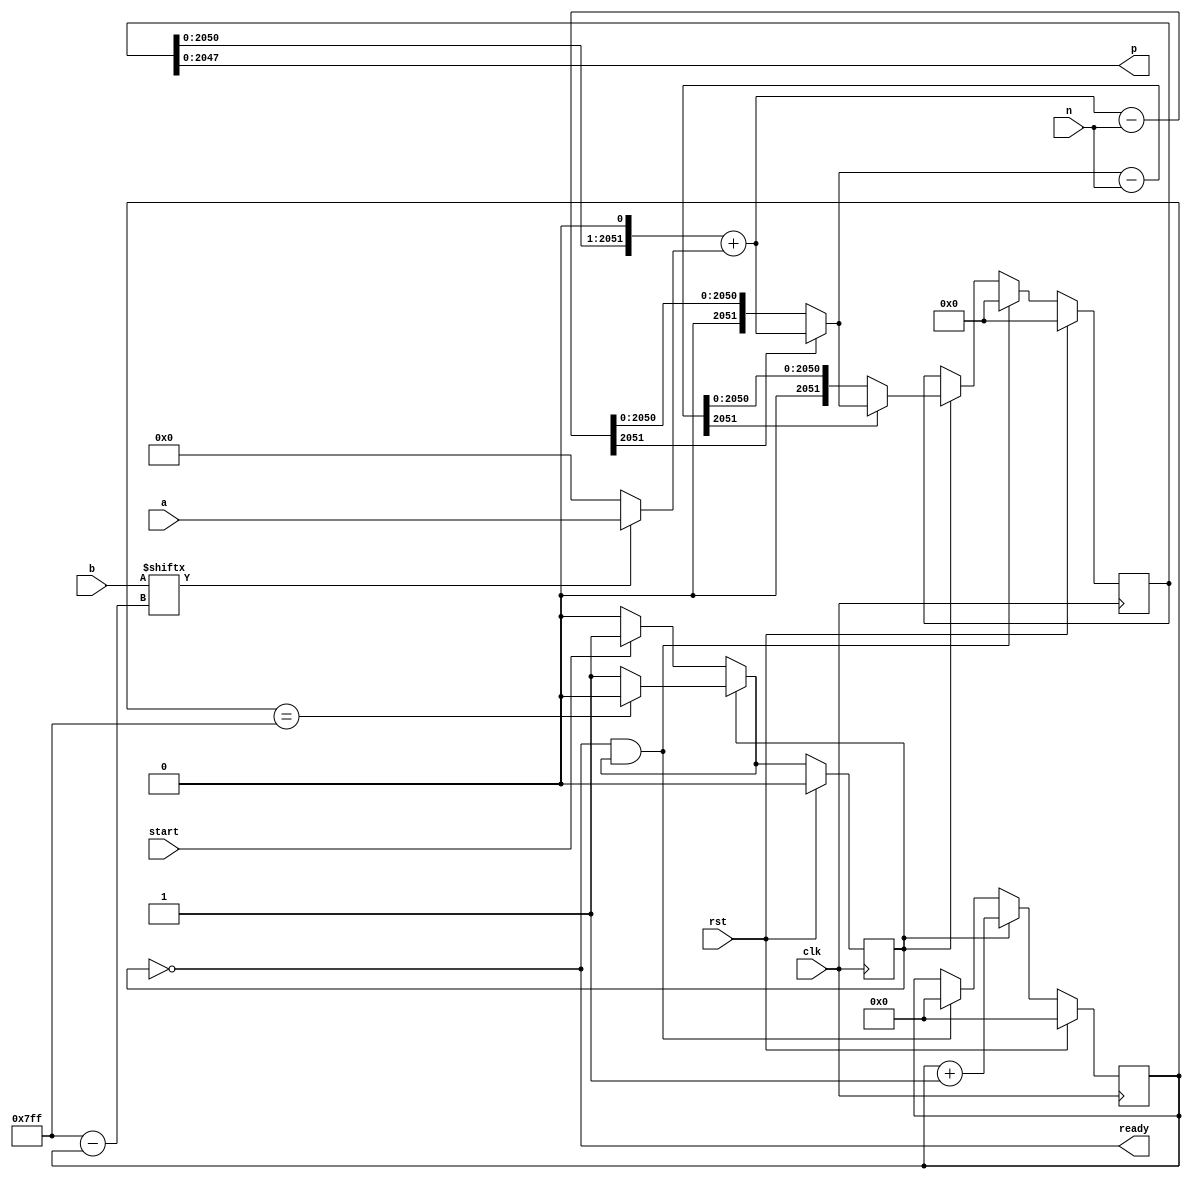
/*
 * Really simple modular multiplication.
 *
 * Written Pramod Subramanyan.
 * pramod.subramanyan@gmail.com.
 *
 * See RSA Hardware Implementation by Cetin Kaya Koc (Sec 7.1)
 */


module modmul(clk, rst, start, ready, a, b, n, p);
  parameter W=2048;

  // usual inputs.
  input clk, rst;

  // data inputs.
  input  [W-1:0] a;
  input  [W-1:0] b;
  input  [W-1:0] n;
  output [W-1:0] p;

  // control inputs/outputs.
  input start;
  output ready;

  parameter IDLE = 1'b0, BUSY = 1'b1;
  reg state;

  reg [15:0] i;
  wire [15:0] i_next;

  wire finished_p = (i == (W-1));
  wire state_next_idle = start ? BUSY : IDLE;
  wire state_next_busy = finished_p ? IDLE : BUSY;
  wire state_next = (state == IDLE) ? state_next_idle : state_next_busy;
  wire ready = (state == IDLE);

  reg [W+3:0]  pi; 
  wire [W-1:0] p = pi[W-1:0];

  wire [W+3:0] p2, abi, pi0, pi1, pi1p, pi2, pi2p;

  wire [W+3:0] pi_next = (state == IDLE && state_next == BUSY)  ? 0
                       : (state == BUSY)                        ? pi2p
                       : pi;

  assign p2 = pi << 1;
  assign abi = b[W-1-i] ? {4'b0, a} : 0;
  assign pi0 = p2 + abi;
  assign pi1 = pi0 - {4'b0, n};
  assign pi1p = pi1[W+3] == 0 ? pi1 : pi0;
  assign pi2 = pi1p - {4'b0, n};
  assign pi2p = pi2[W+3] == 0 ? pi2 : pi1p;

  assign i_next = (state == BUSY)                        ? i + 1 
                : (state == IDLE && state_next == BUSY)  ? 0
                : i;

  always @(posedge clk)
  begin
    if (rst) begin
        i           <= 0;
        state       <= IDLE;
        pi          <= 0;
    end
    else begin
        i           <= i_next;
        pi          <= pi_next;
        state       <= state_next;
    end
  end
endmodule